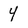
Character: 4